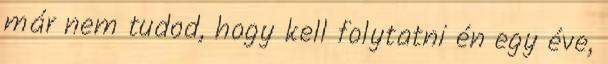
már nem tudod, hogy kell folytatni én egy éve,